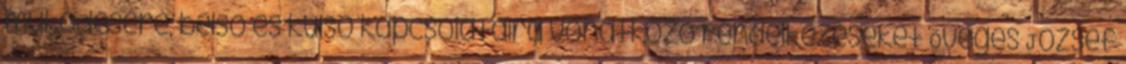
működésére, belső és külső kapcsolataira vonatkozó rendelkezéseket Öveges József